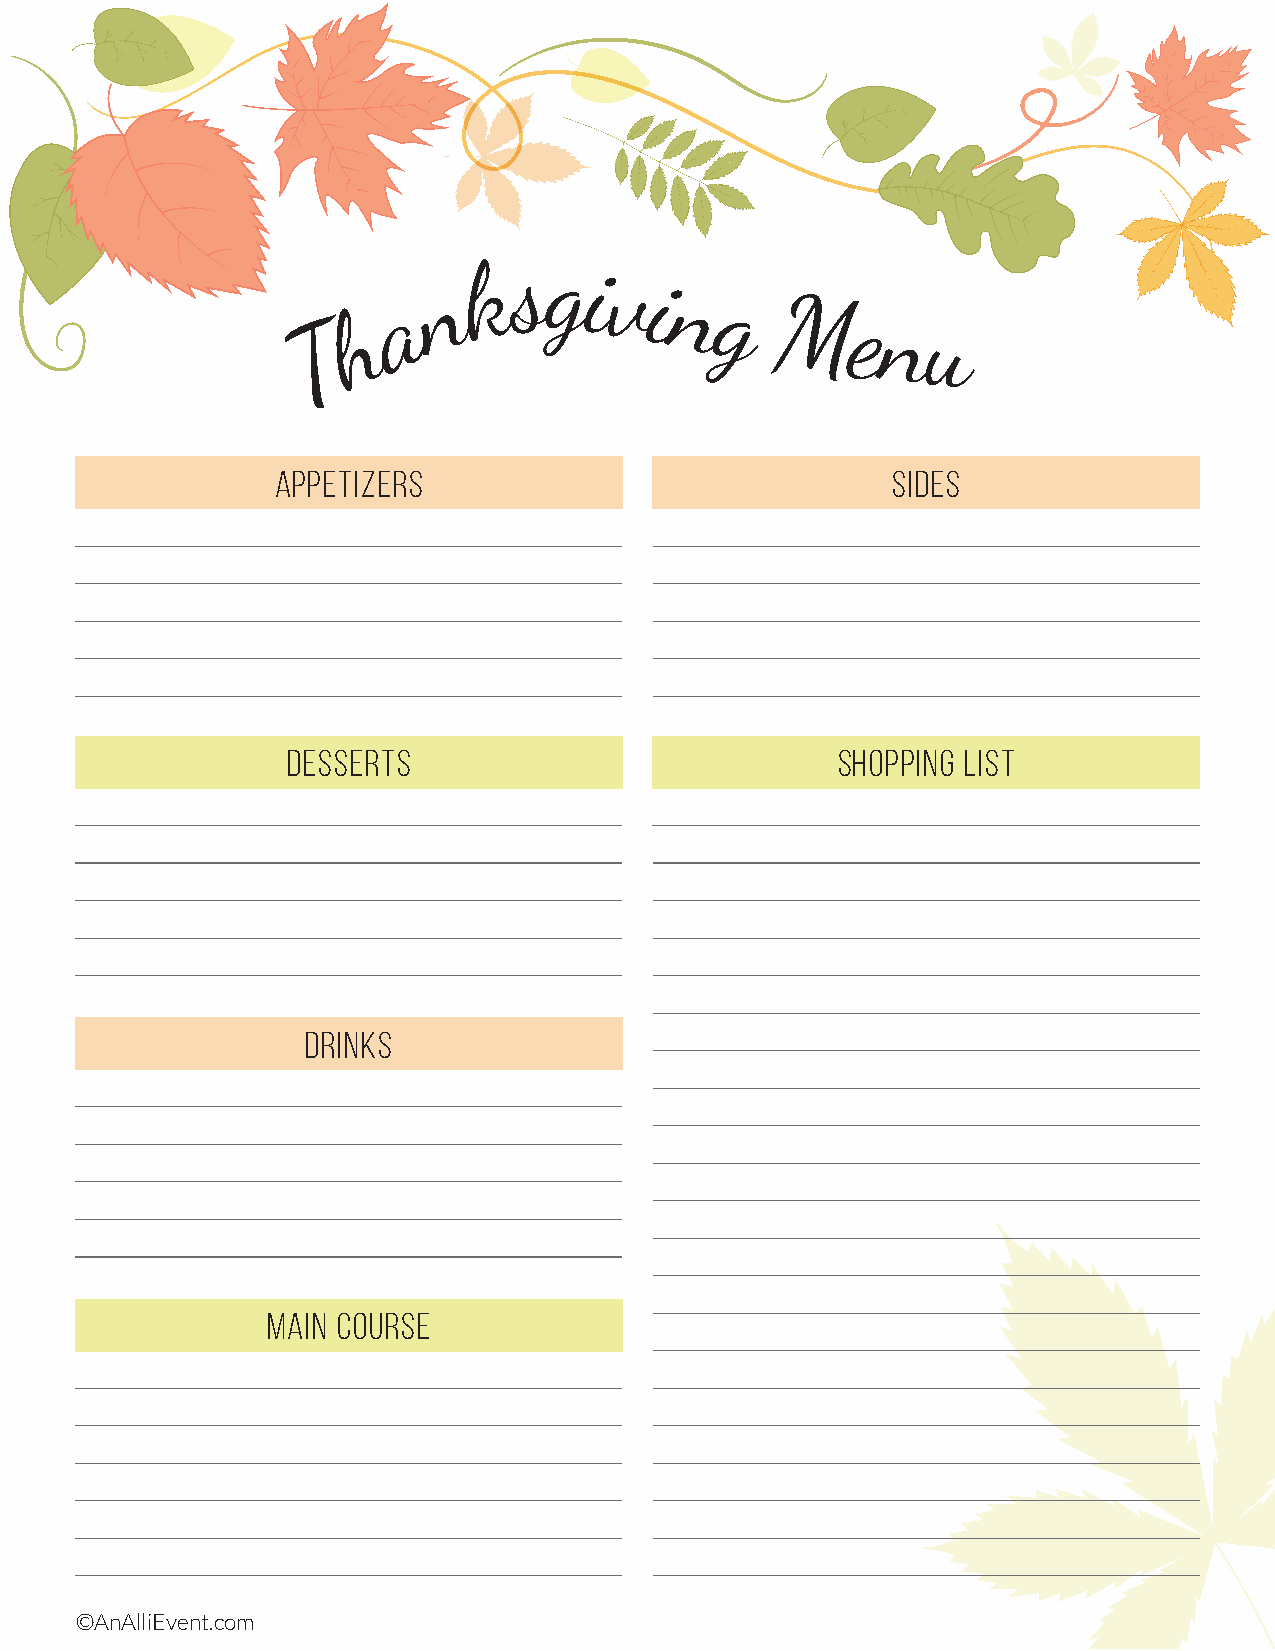
k sgi
 n          vi
 a                 n  g
 h                          Menu
 T
 APPETIZERS                               SIDES
 DESSERTS                            SHOPPING LIST
 DRINKS
 MAIN COURSE
 ©AnAlliEvent.com